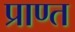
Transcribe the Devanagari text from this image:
प्राण्त